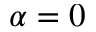
\alpha = 0